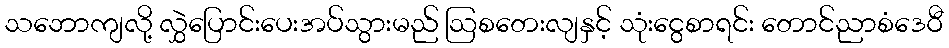
သဘောကျလို့ လွှဲပြောင်းပေးအပ်သွားမည် ဩစတေးလျနှင့် သုံးငွေစာရင်း တောင်ညာစံဒေဝီ